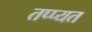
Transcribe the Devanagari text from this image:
तप्प्यत